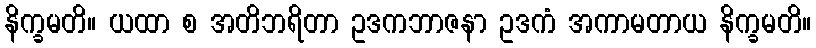
နိက္ခမတိ။ ယထာ စ အတိဘရိတာ ဥဒကဘာဇနာ ဥဒကံ အကာမတာယ နိက္ခမတိ။